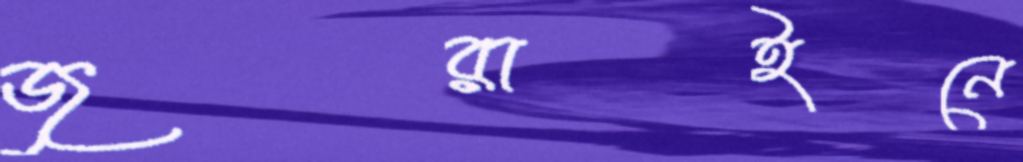
জুরাইনে